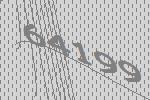
64199